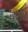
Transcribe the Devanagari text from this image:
बर्शते